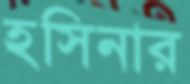
হসিনার